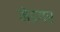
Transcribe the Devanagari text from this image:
मेडगर